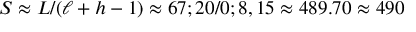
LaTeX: S \approx L / ( \ell + h - 1 ) \approx 6 7 ; 2 0 / 0 ; 8 , 1 5 \approx 4 8 9 . 7 0 \approx 4 9 0